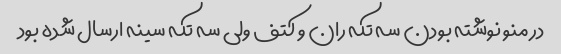
در منو نوشته بودن سه تکه ران و کتف ولی سه تکه سینه ارسال شده بود